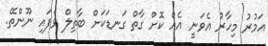
އަމުރު މިހާރު އެވަނީ އެއް ކޮށް ގާތް ގަނޑަކަށް ބާތިލް ވެފައި ނޫންތޭ.